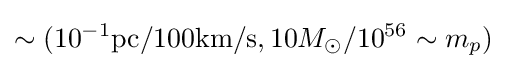
\sim (10^{-1}{\text{pc}}/100{\text{km/s}},10M_{\odot }/10^{56}\sim m_{p})